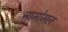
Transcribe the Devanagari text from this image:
नामोमल